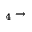
_ 4 \to